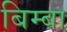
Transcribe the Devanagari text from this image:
बिम्बा